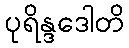
ပုရိန္ဒဒေါတိ